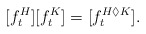
\begin{align*}\lbrack f_{t}^{H}][f_{t}^{K}]=[f_{t}^{H\Diamond K}]. \end{align*}